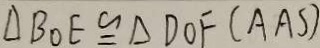
\Delta B O E \cong \Delta D O F ( A A S )